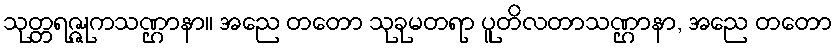
သုတ္တရဇ္ဇုကသဏ္ဌာနာ။ အညေ တတော သုခုမတရာ ပူတိလတာသဏ္ဌာနာ, အညေ တတော